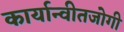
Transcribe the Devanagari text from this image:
कार्यान्वीतजोगी